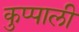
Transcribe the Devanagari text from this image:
कुप्पाली